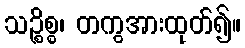
သဉ္စိစ္စ၊ တကွအားထုတ်၍။